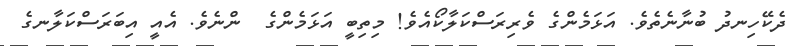
ދެކޭހިނދު ބުނާނެތެވެ. އަޅަމެންގެ ވެރިރަސްކަލާކޯއެވެ! މިތިބީ އަޅަމެންގެ  ންނެވެ. އެއީ އިބަރަސްކަލާނގެ